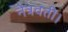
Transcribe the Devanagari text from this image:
नेत्रवती।